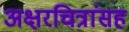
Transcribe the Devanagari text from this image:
अक्षरचित्रांसह